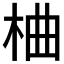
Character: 𪲇